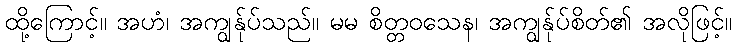
ထို့ကြောင့်။ အဟံ၊ အကျွန်ုပ်သည်။ မမ စိတ္တဝသေန၊ အကျွန်ုပ်စိတ်၏ အလိုဖြင့်။